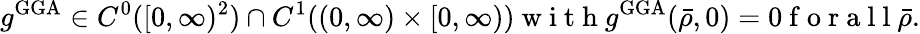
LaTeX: g^{\mathrm{GGA}}\in C^{0}([0,\infty)^{2})\cap C^{1}((0,\infty)\times[0,\infty))\mathrm{~w~i~t~h~}g^{\mathrm{GGA}}(\bar{\rho},0)=0\mathrm{~f~o~r~a~l~l~}\bar{\rho}.